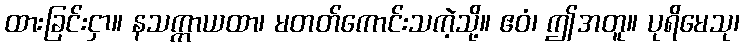
ထားခြင်းငှာ။ နသက္ကာယထာ၊ မတတ်ကောင်းသကဲ့သို့။ ဧဝံ၊ ဤအတူ။ ပုရိမေသု၊